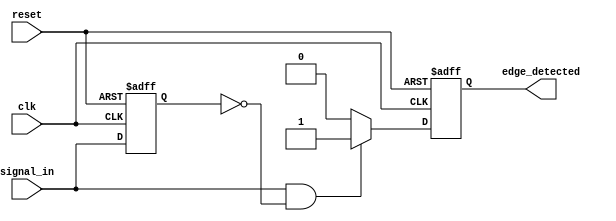
module positive_edge_detector (
    input wire clk,          // Clock signal
    input wire reset,        // Asynchronous reset signal
    input wire signal_in,    // Input signal to detect edges
    output reg edge_detected  // Output signal for edge detection
);

    reg previous_state;      // Register to hold the previous state of signal_in

    // Asynchronous reset and edge detection logic
    always @(posedge clk or posedge reset) begin
        if (reset) begin
            previous_state <= 1'b0;  // Reset previous state to 0
            edge_detected <= 1'b0;    // Reset edge detected output
        end else begin
            // Edge detection logic
            if (signal_in == 1'b1 && previous_state == 1'b0) begin
                edge_detected <= 1'b1;  // Rising edge detected
            end else begin
                edge_detected <= 1'b0;   // No edge detected
            end
            
            // Update previous state
            previous_state <= signal_in; // Store current state for next clock cycle
        end
    end

endmodule